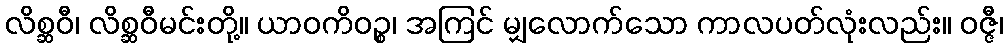
လိစ္ဆဝီ၊ လိစ္ဆဝီမင်းတို့။ ယာဝကိဝဉ္စ၊ အကြင် မျှလောက်သော ကာလပတ်လုံးလည်း။ ဝဇ္ဇီ၊